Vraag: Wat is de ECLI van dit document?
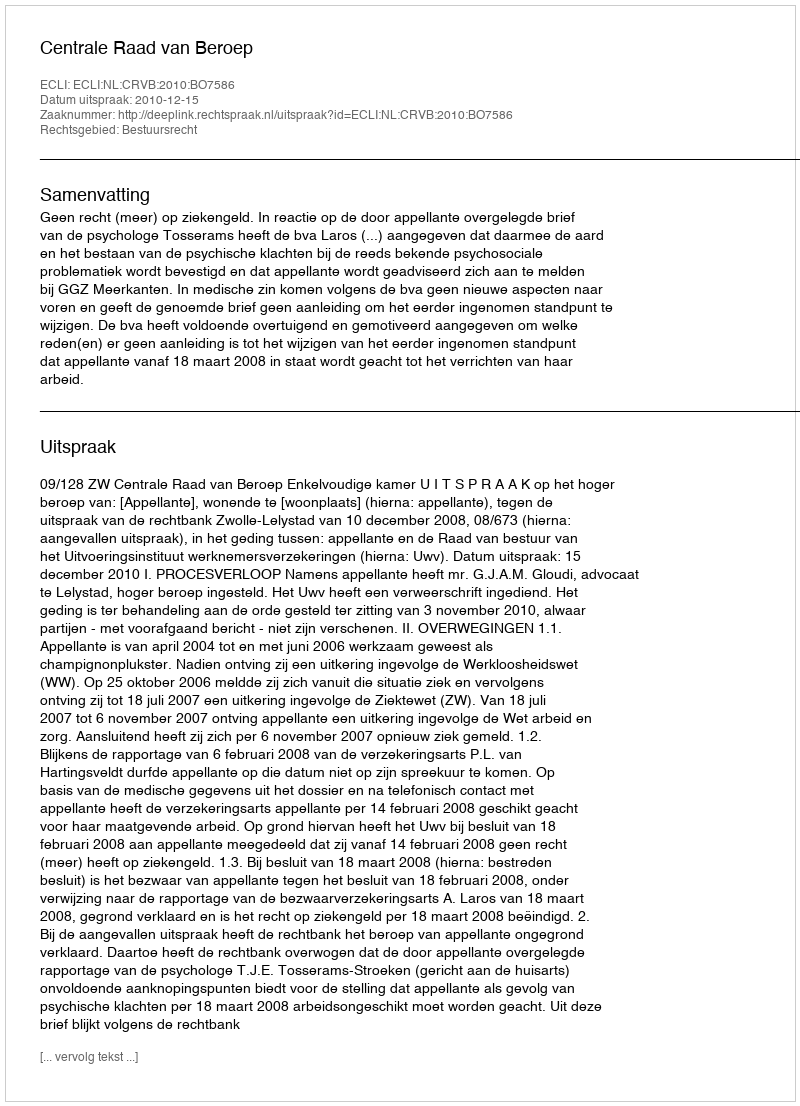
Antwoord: ECLI:NL:CRVB:2010:BO7586